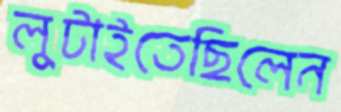
লুটাইতেছিলেন